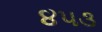
૪૫૩